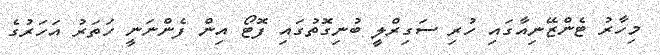
މިހާރު ޓެންޒޭނިއާގައި ހުރި ސަގިރްލީ ބުނިގޮތުގައި ފޮޓޯ އިން ފެންނަނީ ހަތަރު އަހަރުގެ